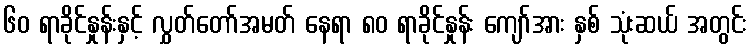
၆၀ ရာခိုင်နှုန်းနှင့် လွှတ်တော်အမတ် နေရာ ၈၀ ရာခိုင်နှုန်း ကျော်အား နှစ် သုံးဆယ် အတွင်း